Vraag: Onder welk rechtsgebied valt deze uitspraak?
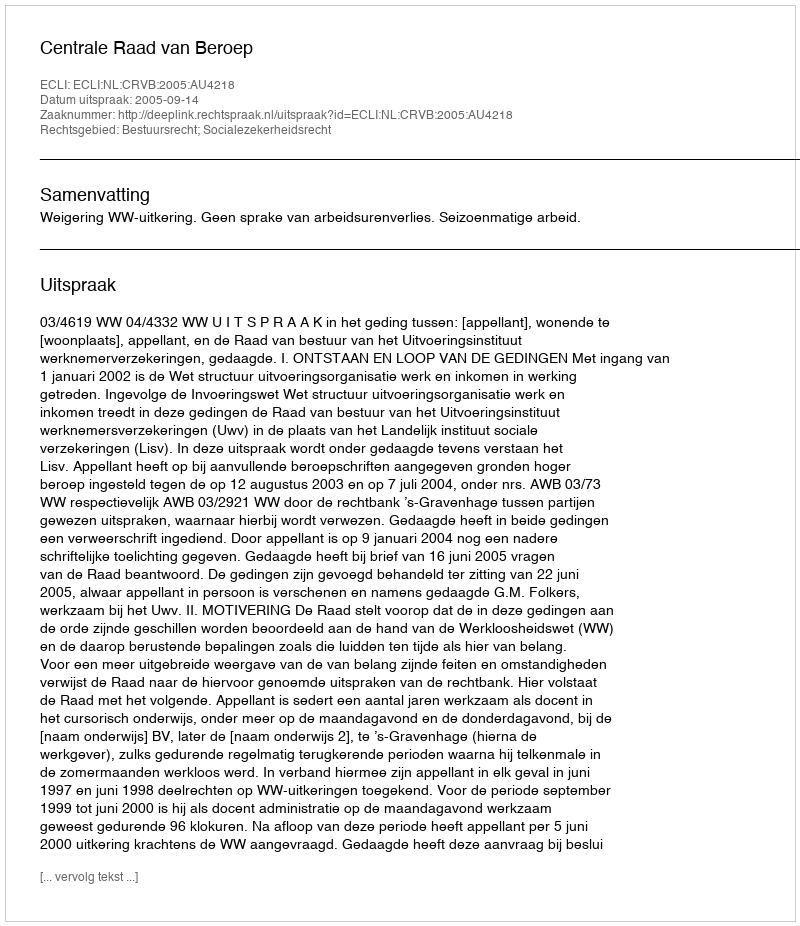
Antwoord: Bestuursrecht; Socialezekerheidsrecht